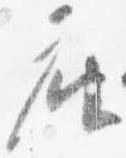
座